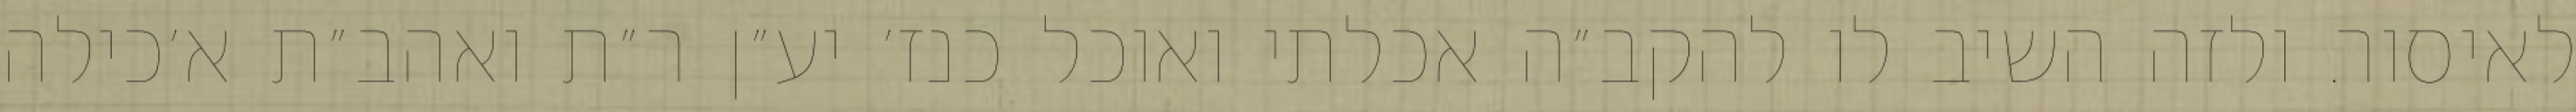
לאיסור. ולזה השיב לו להקב״ה אכלתי ואוכל כנז׳ יע״ן ר״ת ואהב״ת א׳כילה